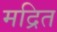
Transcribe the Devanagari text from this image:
मद्रित